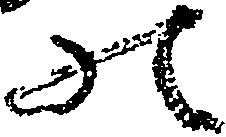
の